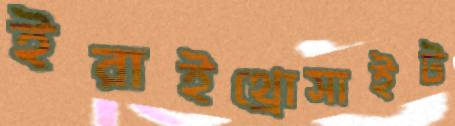
ইরাইথ্রোসাইট